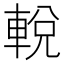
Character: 𨌔